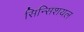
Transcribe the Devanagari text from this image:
सिन्सिशयल